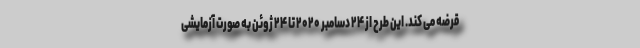
قرضه می کند. این طرح از ۲۴ دسامبر ۲۰۲۰ تا ۲۴ ژوئن به صورت آزمایشی